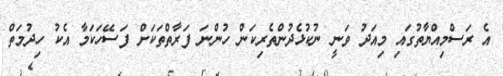
އެ ރަސްމިއްޔާތުގައި މިއަދު ވަނީ ނުކުޅެދުންތެރިކަން ހުންނަ ފަރާތްތަކަށް ފަސޭހަކަމާ އެކު ހިދުމަތް